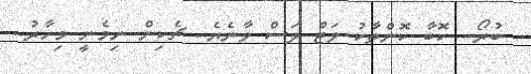
ބުރޯ.. ކޮބާ ކޮންތާކު ވަޓް ލަސް ވާނެެޔެ.. ޗެކިން ނިމެނީ މިހާރު..